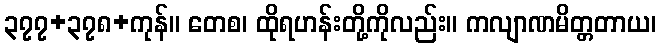
၃၇၇+၃၇၈+ကုန်။ တေစ၊ ထိုရဟန်းတို့ကိုလည်း။ ကလျာဏမိတ္တတာယ၊